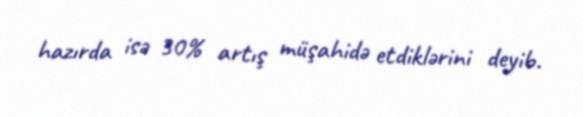
hazırda isə 30% artış müşahidə etdiklərini deyib.